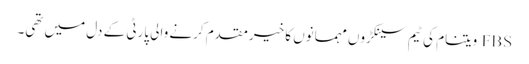
FBS ویتنام کی ٹیم سینکڑوں مہمانوں کا خیرمقدم کرنے والی پارٹی کے دل میں تھی۔